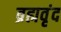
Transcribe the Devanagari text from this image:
ब्रह्मवृंद